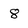
Character: 8